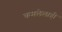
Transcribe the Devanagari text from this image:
कमलेलाही